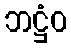
ဘဋ္ဌံဝ